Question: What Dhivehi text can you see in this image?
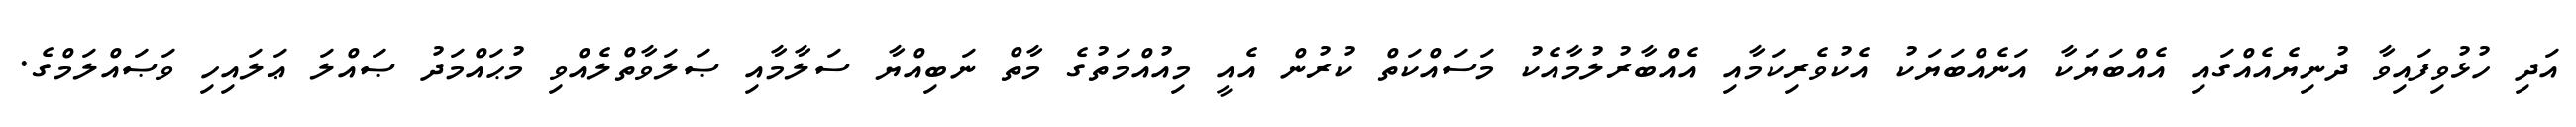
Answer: އަދި ހުޅުވިފައިވާ ދުނިޔެއެއްގައި އެއްބަޔަކާ އަނެއްބަޔަކު އެކުވެރިކަމާއި އެއްބާރުލުމާއެކު މަސައްކަތް ކުރުން އެއީ މިއުއްމަތުގެ މާތް ނަބިއްޔާ ސަލާމާއި ޞަލަވާތްލެއްވި މުޙައްމަދު ޞައްލަ ޢަލައިހި ވަޞައްލަމްގެ.